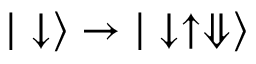
| \downarrow \rangle \rightarrow | \downarrow \uparrow \Downarrow \rangle